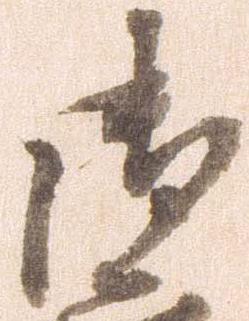
御